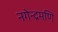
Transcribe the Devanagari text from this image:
नगेन्द्रमणि